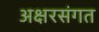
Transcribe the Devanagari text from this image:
अक्षरसंगत